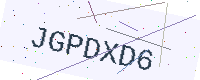
Text: JGPDXD6